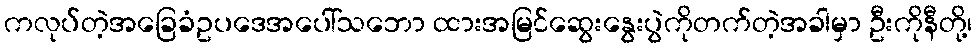
ကလုပ်တဲ့အခြေခံဥပဒေအပေါ်သဘော ထားအမြင်ဆွေးနွေးပွဲကိုတက်တဲ့အခါမှာ ဦးကိုနီတို့၊